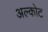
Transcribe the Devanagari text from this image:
अल्कोट